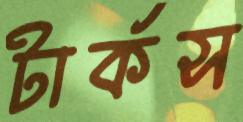
টার্কস